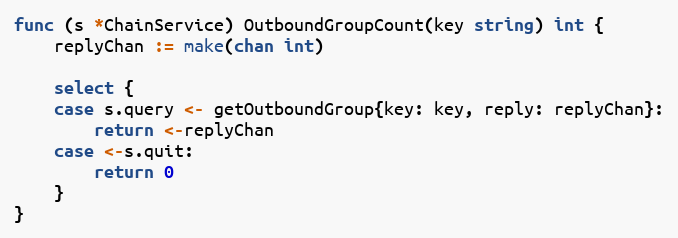
Language: Go
func (s *ChainService) OutboundGroupCount(key string) int {
	replyChan := make(chan int)

	select {
	case s.query <- getOutboundGroup{key: key, reply: replyChan}:
		return <-replyChan
	case <-s.quit:
		return 0
	}
}